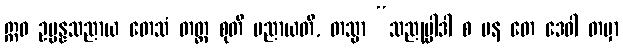
ဣဓ ဥပ္ပန္နသညာယ တေသံ တတ္ထ စုတိ ပညာယတိ, တသ္မာ “သညုပ္ပါဒါ စ ပန တေ ဒေဝါ တမှာ